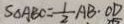
S _ { \Delta A B C } = \frac { 1 } { 2 } A B \cdot O D